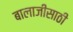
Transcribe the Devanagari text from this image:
बालाजीसाठी